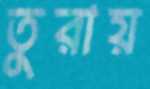
তুরায়